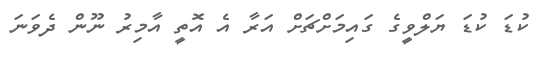
ކުޑަ ކުޑަ ޔަލްވީގެ ގައިމަށްޗަށް އަރާ އެ އޮތީ އާމިރު ނޫން ދެވަނަ